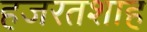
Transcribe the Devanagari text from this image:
हजरतशाह